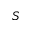
S